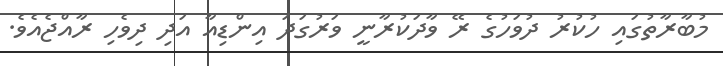
މުބާރާތުގައި ހުކުރު ދުވަހުގެ ރޭ ވާދަކުރާނީ ވަރުގަދަ އިންޑިއާ އަދި ދިވެހި ރާއްޖެއެވެ.